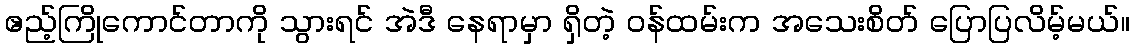
ဧည့်ကြိုကောင်တာကို သွားရင် အဲဒီ နေရာမှာ ရှိတဲ့ ဝန်ထမ်းက အသေးစိတ် ပြောပြလိမ့်မယ်။